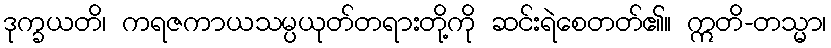
ဒုက္ခယတိ၊ ကရဇကာယသမ္ပယုတ်တရားတို့ကို ဆင်းရဲစေတတ်၏။ ဣတိ-တသ္မာ၊